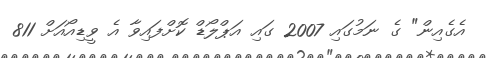
އެގެއިން" ގެ ނަމުގައި 2007 ގައި އަޕްލޯޑް ކޮށްފައިވާ އެ ވީޑިއޯއަށް 811